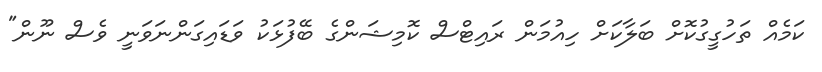
ކަމެއް ތަހުގީގުކޮށް ބަލާކަށް ހިއުމަން ރައިޓްސް ކޮމިޝަންގެ ބޭފުޅަކު ވަޑައިގަންނަވަނީ ވެސް ނޫން"